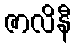
ဇာလိနီ